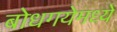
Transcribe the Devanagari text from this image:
बोधगयेमध्ये